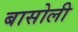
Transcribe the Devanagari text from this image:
बासोली